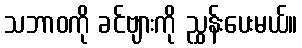
သဘာဝကို ခင်ဗျားကို ညွှန်းပေးမယ်။